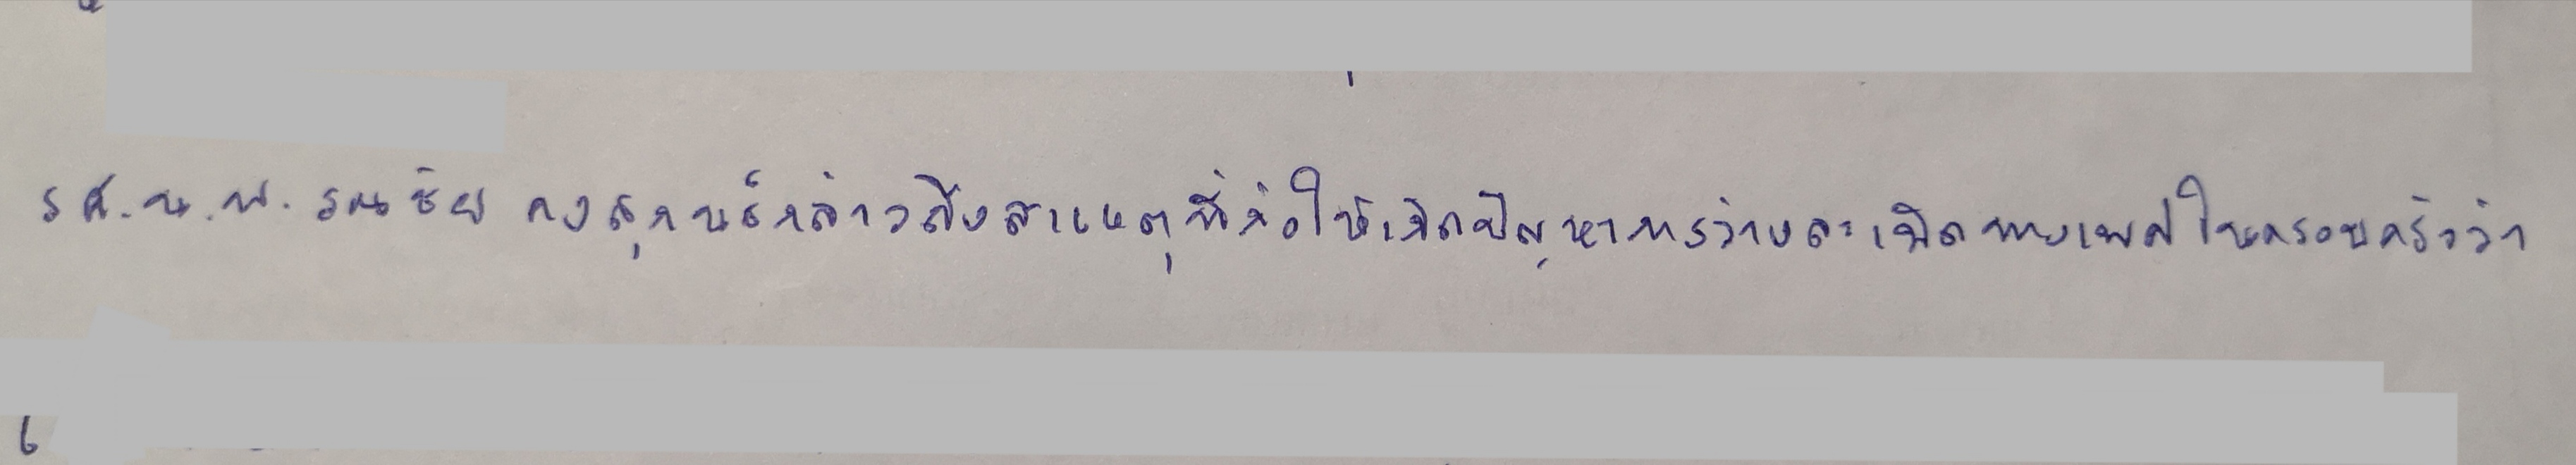
รศ.น.พ.รณชัย คงสุกนธ์กล่าวถึงสาเหตุที่ก่อให้เกิดปัญหาการล่วงละเมิดทางเพศในครอบครัวว่า